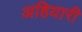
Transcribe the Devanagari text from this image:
अहियारी